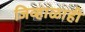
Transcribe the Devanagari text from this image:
जिव्हाळाही